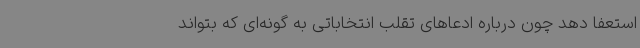
استعفا دهد چون درباره ادعاهای تقلب انتخاباتی به گونه‌ای که بتواند